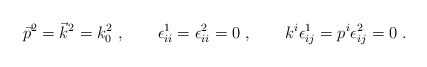
\begin{align*}\vec p^2 = \vec k^2 =k_0^2\ , \qquad \epsilon^1_{ii}=\epsilon^2_{ii}=0\ ,\qquad k^i \epsilon^1_{ij} = p^i \epsilon^2_{ij} =0 \ .\end{align*}